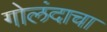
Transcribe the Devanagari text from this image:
गोलंदाचा